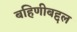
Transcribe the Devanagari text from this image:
बहिणीबद्दल